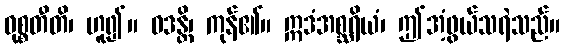
ဝုစ္စတီတိ၊ ဟူ၍။ ဝဒန္တိ၊ ကုန်၏။ ဣဒံအစ္ဆရိယံ၊ ဤအံ့ဖွယ်သရဲသည်။